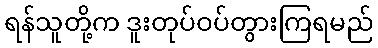
ရန်သူတို့က ဒူးတုပ်ဝပ်တွားကြရမည်